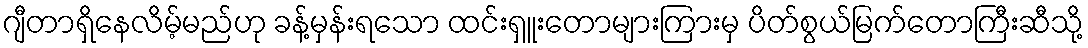
ဂျီတာရှိနေလိမ့်မည်ဟု ခန့်မှန်းရသော ထင်းရှူးတောများကြားမှ ပိတ်စွယ်မြက်တောကြီးဆီသို့